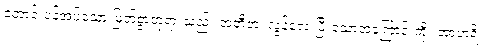
တောင်းပန်အပ်သော မြတ်စွာဘုရားသည်။ အတီတံ၊ လွန်လေ ပြီးသောအကြောင်းကို။ အာဟရိ၊